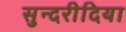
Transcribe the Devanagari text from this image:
सुन्दरीदिया